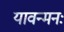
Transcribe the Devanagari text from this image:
यावन्मनः